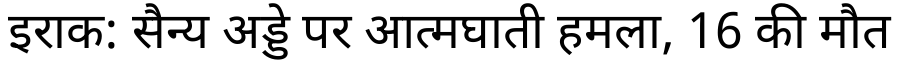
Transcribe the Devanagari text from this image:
इराक: सैन्य अड्डे पर आत्मघाती हमला, 16 की मौत